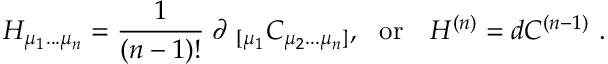
H _ { \mu _ { 1 } . . . \mu _ { n } } = { \frac { 1 } { ( n - 1 ) ! } } \; \partial _ { \ [ \mu _ { 1 } } C _ { \mu _ { 2 } . . . \mu _ { n } ] } , \ \ \mathrm { o r } \ \ \ H ^ { ( n ) } = d C ^ { ( n - 1 ) } \ .